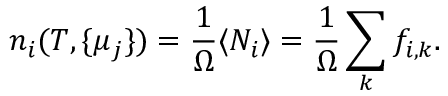
n _ { i } ( T , \{ \mu _ { j } \} ) = \frac { 1 } { \Omega } \langle N _ { i } \rangle = \frac { 1 } { \Omega } \sum _ { k } f _ { i , k } .